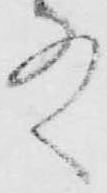
殿